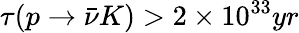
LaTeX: \tau(p\rightarrow\bar{\nu}K)>2\times 10^{33}yr